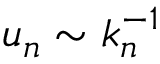
u _ { n } \sim k _ { n } ^ { - 1 }